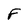
Character: F